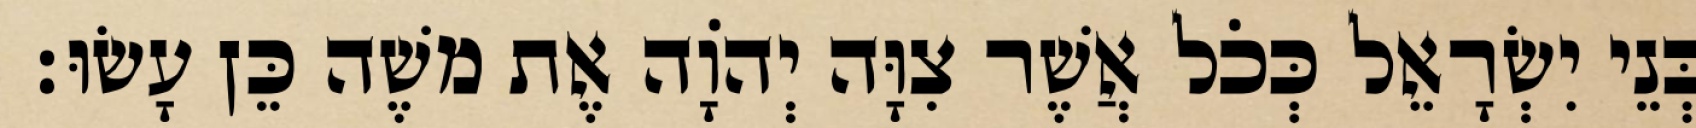
בְּנֵי יִשְׂרָאֵל כְּכֹל אֲשֶׁר צִוָּה יְהוָֹה אֶת משֶׁה כֵּן עָשׂוּ׃